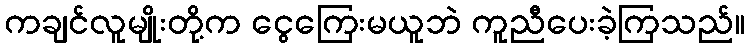
ကချင်လူမျိုးတို့က ငွေကြေးမယူဘဲ ကူညီပေးခဲ့ကြသည်။